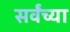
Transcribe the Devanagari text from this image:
सर्वंच्या